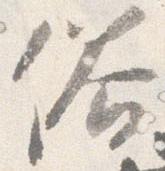
俗